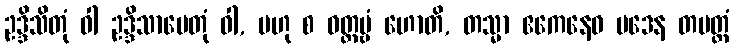
ဥဒ္ဒိသိတုံ ဝါ ဥဒ္ဒိသာပေတုံ ဝါ, ဗဟု စ ဝတ္တဗ္ဗံ ဟောတိ, တသ္မာ ဧကေနေဝ ပဒေန တမတ္ထံ